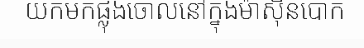
យកមកផ្លុងចោលនៅក្នុងម៉ាស៊ីនបោក